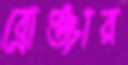
ব্রোঞ্জার